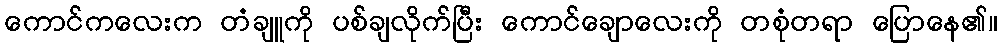
ကောင်ကလေးက တံချူကို ပစ်ချလိုက်ပြီး ကောင်ချောလေးကို တစုံတရာ ပြောနေ၏။